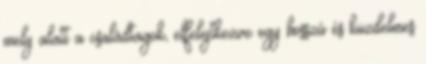
mely alatt a családtagok, elfelejtkezve egy hosszú és küzdelmes